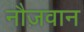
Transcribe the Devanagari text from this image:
नौज़वान